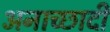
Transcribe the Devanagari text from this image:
अनाच्छादी